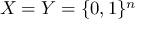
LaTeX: X = Y = \{ 0 , 1 \} ^ { n }